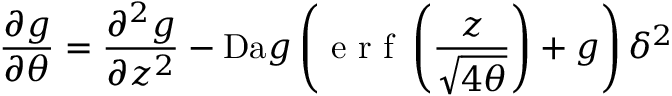
\frac { \partial g } { \partial \theta } = \frac { \partial ^ { 2 } g } { \partial z ^ { 2 } } - \mathrm { D a } g \left( \textrm { e r f } \left( \frac { z } { \sqrt { 4 \theta } } \right) + g \right) \delta ^ { 2 }